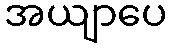
အယျာပေ